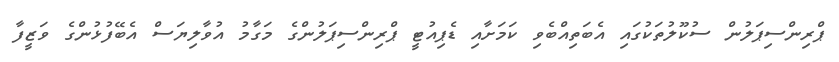
ޕްރިންސިޕަލުން ސުކޫލުތަކުގައި އެބަތިއްބެވި ކަމަށާއި ޑެޕިއުޓީ ޕްރިންސިޕަލުންގެ މަގާމު އުވާލިޔަސް އެބޭފުޅުންގެ ވަޒީފާ